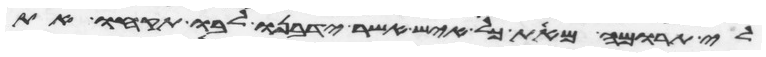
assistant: לי תרומה מאת כל איש אשר ידבנו לבו תקחו את